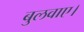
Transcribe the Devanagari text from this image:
बुलवाए।